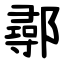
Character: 鄩